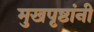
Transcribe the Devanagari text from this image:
मुखपृष्ठांनी